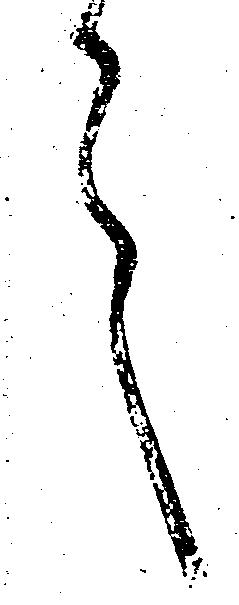
言